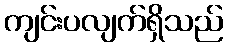
ကျင်းပလျက်ရှိသည်